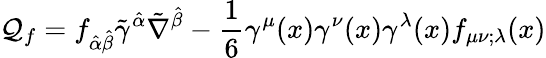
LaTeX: \mathcal{Q}_{f}=f_{\hat{{\alpha}}\hat{{\beta}}}\tilde{{\gamma}}^{\hat{{\alpha}}}\tilde{{\nabla}}^{\hat{{\beta}}}-\frac{{1}}{{6}}\gamma^{\mu}(x)\gamma^{\nu}(x)\gamma^{\lambda}(x)f_{\mu\nu;\lambda}(x)